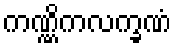
ကဏ္ဏိကလက္ခဏံ